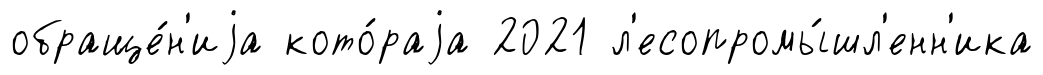
обраще́н'иjа кото́раjа 2021 л'есопромы́шл'енн'ика